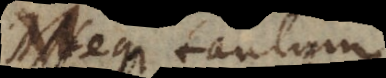
Neque tantum